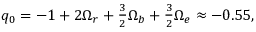
\begin{array} { r } { q _ { 0 } = - 1 + 2 \Omega _ { r } + \frac { 3 } { 2 } \Omega _ { b } + \frac { 3 } { 2 } \Omega _ { e } \approx - 0 . 5 5 , } \end{array}